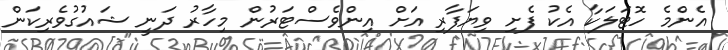
އެންމެ ހޮޓަލަކާ އެކު ފެށި ވިޔަފާރި އަށް އިންވެސްޓަރުން މިހާރު ދަނީ ޝައުގުވެރިކަން